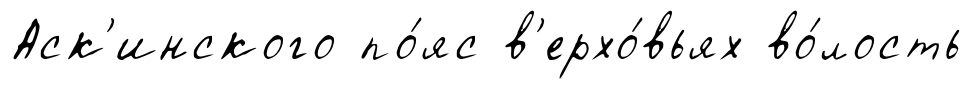
Аск'инского по́яс в'ерхо́вьях во́лость